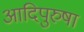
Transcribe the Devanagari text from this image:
आदिपुरुषा